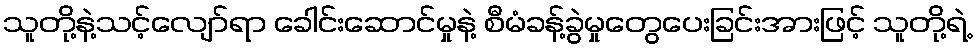
သူတို့နဲ့သင့်လျော်ရာ ခေါင်းဆောင်မှုနဲ့ စီမံခန့်ခွဲမှုတွေပေးခြင်းအားဖြင့် သူတို့ရဲ့